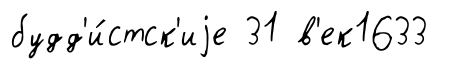
будд'и́стск'иjе 31 в'ек1633